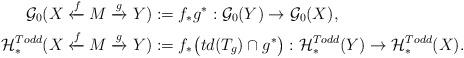
LaTeX: \begin{align*}\mathcal G_0(X \xleftarrow f M \xrightarrow g Y) &:=f_*g^*:\mathcal G_0(Y) \to \mathcal G_0(X), \\\mathcal H^{Todd}_*(X \xleftarrow f M \xrightarrow g Y) &:= f_* \bigl(td(T_g)\cap g^* \bigr):\mathcal H^{Todd}_*(Y) \to \mathcal H^{Todd}_*(X).\end{align*}